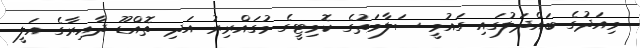
މިއަދުގެ ބައްދަލުގައި ގައުމީ ސަލާމަތުގެ ކޮމިޓީގެ މުގައްރިރު އަދި ތޮއްޑޫ ދާއިރާގެ އަލީ